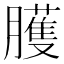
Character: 臒